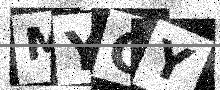
Text: MYGY